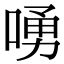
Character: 㗈